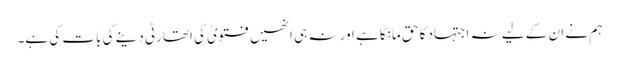
ہم نے ان کے لیے نہ اجتہاد کا حق مانگا ہے اور نہ ہی انھیں فتویٰ کی اتھارٹی دینے کی بات کی ہے۔